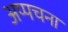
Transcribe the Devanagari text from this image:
अप्पचना